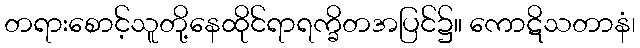
တရားစောင့်သူတို့နေထိုင်ရာရက္ခိတအပြင်၌။ ကောဋိသတာနံ၊